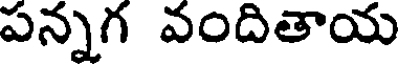
పన్నగ వందితాయ